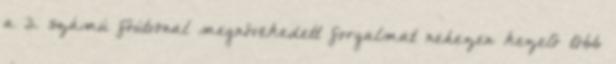
a 3. számú főútvonal megnövekedett forgalmat nehezen kezelő több